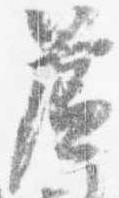
簾